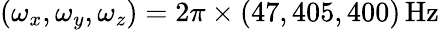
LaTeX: (\omega_{x},\omega_{y},\omega_{z})=2\pi\times(47,405,400)\, \mathrm{Hz}